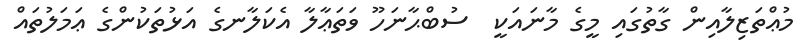
މުޢްތަޒިލާއިން ގާތުގައި މީގެ މާނައަކީ  ސުބްޙާނަހޫ ވަތަޢާލާ އެކަލާނގެ އަޅުތަކުންގެ ޢަމަލުތައް